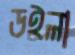
ডইলা